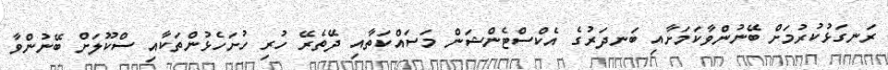
ރަނގަޅުކުރުމަށް ބޭނުންވާކަމަށާއި ބަނދަރުގެ އެކްސްޓެންޝަން މަސައްކަތާއި ދޭތެރޭ ހުރި ހުށަހެޅުންތަކާއި ސްކޫލަށް ބޭނުންވާ